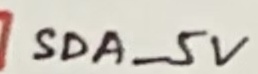
Text: SDA_5V